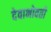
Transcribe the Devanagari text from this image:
देवाभोवती